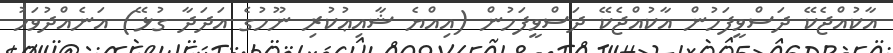
އާކުއްޖެކޭ ދަސްވީފަހުން އާކުއްޖެކޭ ދަސްވީފަހުން (އިއްޔެ ޝާއިޢުކުރި ނޫހުގެ އަދަދާ ގުޅޭ) އަނެއްދުވަހު